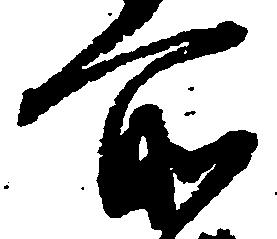
所